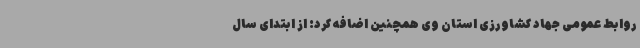
روابط عمومی جهاد کشاورزی استان وی همچنین اضافه کرد: از ابتدای سال